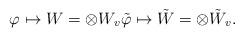
LaTeX: \begin{align*} \varphi \mapsto W = \otimes W_v \tilde \varphi \mapsto \tilde W = \otimes \tilde W_v. \end{align*}